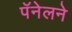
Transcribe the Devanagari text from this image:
पॅनेलने